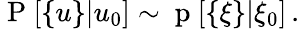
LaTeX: \mathrm{~P~}[\{ u\} |u_{0}]\sim\mathrm{~p~}[\{ \xi\} |\xi_{0}]\, .